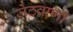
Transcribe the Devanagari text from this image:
जेठवाणी